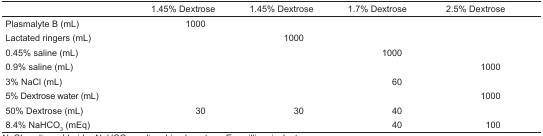
|  | 1.45% Dextrose | 1.45% Dextrose | 1.7% Dextrose | 2.5% Dextrose |
 | --- | --- | --- | --- | --- |
 | Plasmalyte B (mL) | 1000 |  |  |  |
 | Lactated ringers (mL) |  | 1000 |  |  |
 | 0.45% saline (mL) |  |  | 1000 |  |
 | 0.9% saline (mL) |  |  |  | 1000 |
 | 3% NaCl (mL) |  |  | 60 |  |
 | 5% Dextrose water (mL) |  |  |  | 1000 |
 | 50% Dextrose (mL) | 30 | 30 | 40 |  |
 | 8.4% NaHCO3 (mEq) |  |  | 40 | 100 |